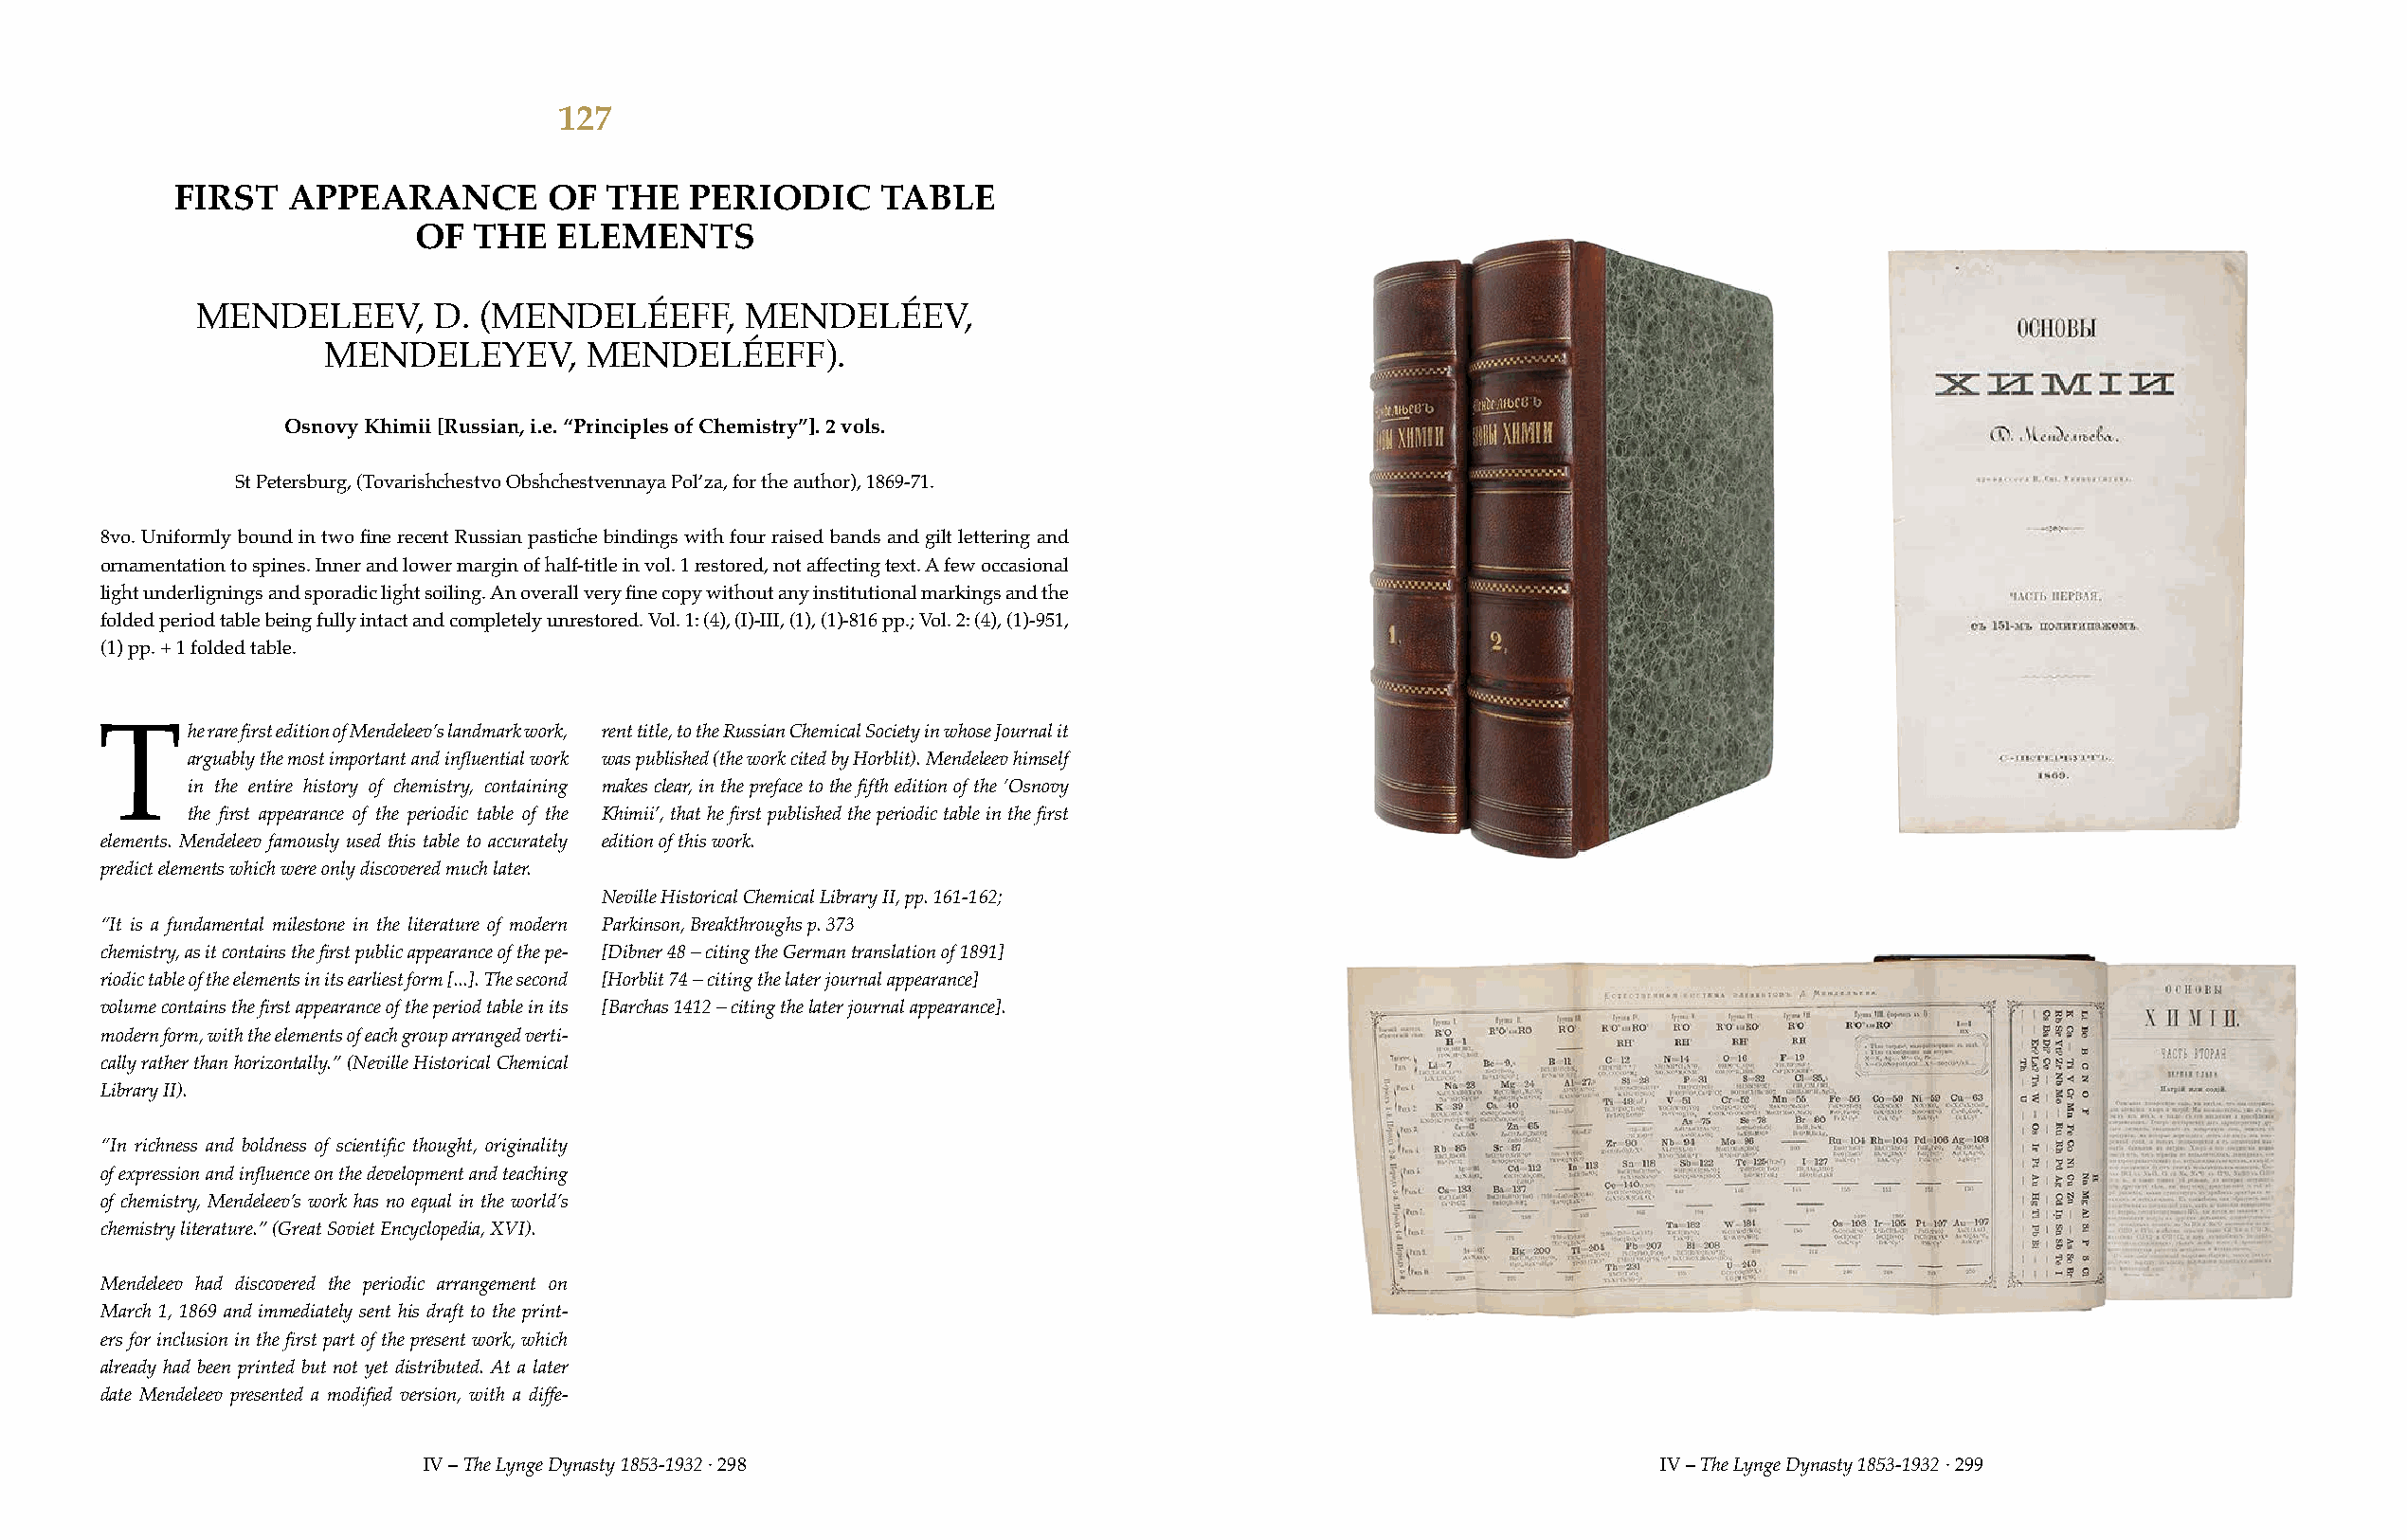
127
 FIRST   APPEARANCE        OF  THE   PERIODIC     TABLE
 OF  THE   ELEMENTS
 MENDELEEV,      D. (MENDELÉEFF,       MENDELÉEV,
 MENDELEYEV,       MENDELÉEFF).
 Osnovy Khimii [Russian, i.e. “Principles of Chemistry”]. 2 vols.
 St Petersburg, (Tovarishchestvo Obshchestvennaya Pol’za, for the author), 1869-71.
 8vo. Uniformly bound in two fine recent Russian pastiche bindings with four raised bands and gilt lettering and
 ornamentation to spines. Inner and lower margin of half-title in vol. 1 restored, not affecting text. A few occasional
 light underlignings and sporadic light soiling. An overall very fine copy without any institutional markings and the
 folded period table being fully intact and completely unrestored. Vol. 1: (4), (I)-III, (1), (1)-816 pp.; Vol. 2: (4), (1)-951,
 (1) pp. + 1 folded table.
 he rare first edition of Mendeleev’s landmark work, rent title, to the Russian Chemical Society in whose Journal it
 T
 arguably the most important and influential work was published (the work cited by Horblit). Mendeleev himself
 in the entire history of chemistry, containing makes clear, in the preface to the fifth edition of the ‘Osnovy
 the first appearance of the periodic table of the Khimii’, that he first published the periodic table in the first
 elements. Mendeleev famously used this table to accurately edition of this work.
 predict elements which were only discovered much later.
 Neville Historical Chemical Library II, pp. 161-162;
 “It is a fundamental milestone in the literature of modern Parkinson, Breakthroughs p. 373
 chemistry, as it contains the first public appearance of the pe- [Dibner 48 – citing the German translation of 1891]
 riodic table of the elements in its earliest form [...]. The second [Horblit 74 – citing the later journal appearance]
 volume contains the first appearance of the period table in its [Barchas 1412 – citing the later journal appearance].
 modern form, with the elements of each group arranged verti-
 cally rather than horizontally.” (Neville Historical Chemical
 Library II).
 “In richness and boldness of scientific thought, originality
 of expression and influence on the development and teaching
 of chemistry, Mendeleev’s work has no equal in the world’s
 chemistry literature.” (Great Soviet Encyclopedia, XVI).
 Mendeleev had discovered the periodic arrangement on
 March 1, 1869 and immediately sent his draft to the print-
 ers for inclusion in the first part of the present work, which
 already had been printed but not yet distributed. At a later
 date Mendeleev presented a modified version, with a diffe-
 IV – The Lynge Dynasty 1853-1932 · 298                                                IV – The Lynge Dynasty 1853-1932 · 299